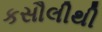
કસૌલીથી